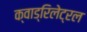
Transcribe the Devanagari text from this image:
क्वाड्रिलेट्रल